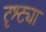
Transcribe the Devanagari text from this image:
दृश्ट्या